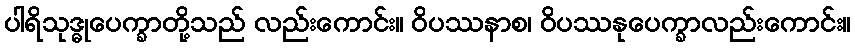
ပါရိသုဒ္ဓုပေက္ခာတို့သည် လည်းကောင်း။ ဝိပဿနာစ၊ ဝိပဿနုပေက္ခာလည်းကောင်း။